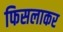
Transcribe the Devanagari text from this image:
फिसलाकर